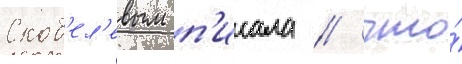
Скоб'ел'евым п'исала / что́